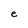
Character: e